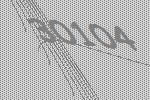
30104